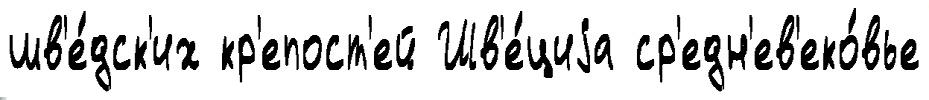
шв'е́дск'их кр'епост'ей Шв'е́циjа ср'едн'ев'еко́вье